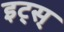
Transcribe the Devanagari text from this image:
इट्स्